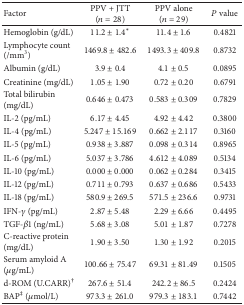
<table><thead><tr><td><b>Factor</b></td><td><b>PPV + JTT(<i>n</i> = 28)</b></td><td><b>PPV alone(<i>n</i> = 29)</b></td><td><b><i>P</i> value</b></td></tr></thead><tbody><tr><td>Hemoglobin (g/dL) </td><td>11.2 ± 1.4*</td><td>11.4 ± 1.6</td><td>0.4821</td></tr><tr><td>Lymphocyte count (/mm<sup>3</sup>)</td><td>1469.8 ± 482.6</td><td>1493.3 ± 409.8</td><td>0.8732</td></tr><tr><td>Albumin (g/dL)</td><td>3.9 ± 0.4</td><td>4.1 ± 0.5</td><td>0.0895</td></tr><tr><td>Creatinine (mg/dL)</td><td>1.05 ± 1.90</td><td>0.72 ± 0.20</td><td>0.6791</td></tr><tr><td>Total bilirubin (mg/dL)</td><td>0.646 ± 0.473</td><td>0.583 ± 0.309</td><td>0.7829</td></tr><tr><td>IL-2 (pg/mL)</td><td>6.17 ± 4.45</td><td>4.92 ± 4.42</td><td>0.3800</td></tr><tr><td>IL-4 (pg/mL)</td><td>5.247 ± 15.169</td><td>0.662 ± 2.117</td><td>0.3160</td></tr><tr><td>IL-5 (pg/mL)</td><td>0.938 ± 3.887</td><td>0.098 ± 0.314</td><td>0.8965</td></tr><tr><td>IL-6 (pg/mL)</td><td>5.037 ± 3.786</td><td>4.612 ± 4.089</td><td>0.5134</td></tr><tr><td>IL-10 (pg/mL)</td><td>0.000 ± 0.000</td><td>0.062 ± 0.284</td><td>0.3415</td></tr><tr><td>IL-12 (pg/mL)</td><td>0.711 ± 0.793</td><td>0.637 ± 0.686</td><td>0.5433</td></tr><tr><td>IL-18 (pg/mL)</td><td>580.9 ± 269.5</td><td>571.5 ± 236.6</td><td>0.9731</td></tr><tr><td>IFN-<i>γ</i> (pg/mL)</td><td>2.87 ± 5.48</td><td>2.29 ± 6.66</td><td>0.4495</td></tr><tr><td>TGF-<i>β</i>1 (ng/mL)</td><td>5.68 ± 3.08</td><td>5.01 ± 1.87</td><td>0.7278</td></tr><tr><td>C-reactive protein (mg/dL)</td><td>1.90 ± 3.50</td><td>1.30 ± 1.92</td><td>0.2015</td></tr><tr><td>Serum amyloid A (<i>μ</i>g/mL)</td><td>100.66 ± 75.47</td><td>69.31 ± 81.49</td><td>0.1505</td></tr><tr><td>d-ROM (U.CARR)<sup>†</sup></td><td>267.6 ± 51.4</td><td>242.2 ± 86.5</td><td>0.2424</td></tr><tr><td>BAP<sup>‡</sup> (<i>μ</i>mol/L)</td><td>973.3 ± 261.0</td><td>979.3 ± 183.1</td><td>0.7442</td></tr></tbody></table>